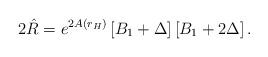
LaTeX: \begin{align*}2\hat{R}=e^{2A(r_H)}\left[B_1+\Delta\right]\left[B_1+2\Delta\right].\end{align*}